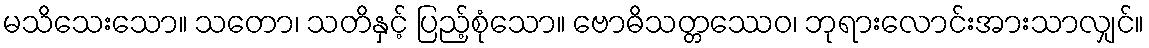
မသိသေးသော။ သတော၊ သတိနှင့် ပြည့်စုံသော။ ဗောဓိသတ္တဿေဝ၊ ဘုရားလောင်းအားသာလျှင်။